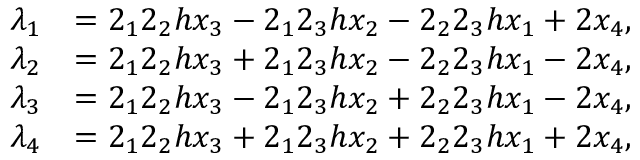
\begin{array} { r l } { \lambda _ { 1 } } & { = 2 _ { 1 } 2 _ { 2 } h x _ { 3 } - 2 _ { 1 } 2 _ { 3 } h x _ { 2 } - 2 _ { 2 } 2 _ { 3 } h x _ { 1 } + 2 x _ { 4 } , } \\ { \lambda _ { 2 } } & { = 2 _ { 1 } 2 _ { 2 } h x _ { 3 } + 2 _ { 1 } 2 _ { 3 } h x _ { 2 } - 2 _ { 2 } 2 _ { 3 } h x _ { 1 } - 2 x _ { 4 } , } \\ { \lambda _ { 3 } } & { = 2 _ { 1 } 2 _ { 2 } h x _ { 3 } - 2 _ { 1 } 2 _ { 3 } h x _ { 2 } + 2 _ { 2 } 2 _ { 3 } h x _ { 1 } - 2 x _ { 4 } , } \\ { \lambda _ { 4 } } & { = 2 _ { 1 } 2 _ { 2 } h x _ { 3 } + 2 _ { 1 } 2 _ { 3 } h x _ { 2 } + 2 _ { 2 } 2 _ { 3 } h x _ { 1 } + 2 x _ { 4 } , } \end{array}